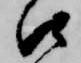
口